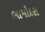
ભામોદરા